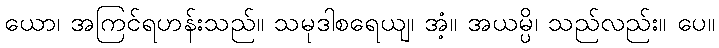
ယော၊ အကြင်ရဟန်းသည်။ သမုဒါစရေယျ၊ အံ့။ အယမ္ပိ၊ သည်လည်း။ ပေ။